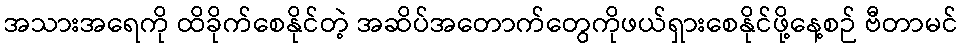
အသားအရေကို ထိခိုက်စေနိုင်တဲ့ အဆိပ်အတောက်တွေကိုဖယ်ရှားစေနိုင်ဖို့နေ့စဉ် ဗီတာမင်